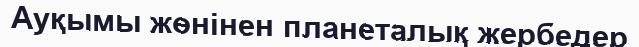
Ауқымы жөнінен планеталық жербедер